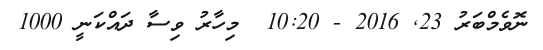
ނޮވެމްބަރު 23